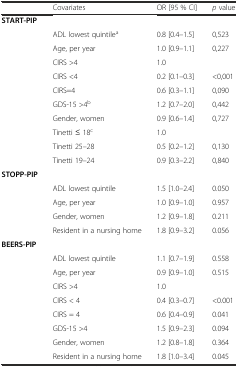
<table><thead><tr><td></td><td><b>Covariates</b></td><td><b>OR [95 % CI]</b></td><td><b><i>p</i> value</b></td></tr></thead><tbody><tr><td><b>START-PIP</b></td><td></td><td></td><td></td></tr><tr><td></td><td>ADL lowest quintile<sup>a</sup></td><td>0.8 [0.4–1.5]</td><td>0,523</td></tr><tr><td></td><td>Age, per year</td><td>1.0 [0.9–1.1]</td><td>0,227</td></tr><tr><td></td><td>CIRS &gt;4</td><td>1.0</td><td></td></tr><tr><td></td><td>CIRS &lt;4</td><td>0.2 [0.1–0.3]</td><td>&lt;0,001</td></tr><tr><td></td><td>CIRS=4</td><td>0.6 [0.3–1.1]</td><td>0,090</td></tr><tr><td></td><td>GDS-15 &gt;4<sup>b</sup></td><td>1.2 [0.7–2.0]</td><td>0,442</td></tr><tr><td></td><td>Gender, women</td><td>0.9 [0.6–1.4]</td><td>0,727</td></tr><tr><td></td><td>Tinetti ≤ 18<sup>c</sup></td><td>1.0</td><td></td></tr><tr><td></td><td>Tinetti 25–28</td><td>0.5 [0.2–1.2]</td><td>0,130</td></tr><tr><td></td><td>Tinetti 19–24</td><td>0.9 [0.3–2.2]</td><td>0,840</td></tr><tr><td><b>STOPP-PIP</b></td><td></td><td></td><td></td></tr><tr><td></td><td>ADL lowest quintile</td><td>1.5 [1.0–2.4]</td><td>0.050</td></tr><tr><td></td><td>Age, per year</td><td>1.0 [0.9–1.0]</td><td>0.957</td></tr><tr><td></td><td>Gender, women</td><td>1.2 [0.9–1.8]</td><td>0.211</td></tr><tr><td></td><td>Resident in a nursing home</td><td>1.8 [0.9–3.2]</td><td>0.056</td></tr><tr><td><b>BEERS-PIP</b></td><td></td><td></td><td></td></tr><tr><td></td><td>ADL lowest quintile</td><td>1.1 [0.7–1.9]</td><td>0.558</td></tr><tr><td></td><td>Age, per year</td><td>0.9 [0.9–1.0]</td><td>0.515</td></tr><tr><td></td><td>CIRS &gt;4</td><td>1.0</td><td></td></tr><tr><td></td><td>CIRS &lt; 4</td><td>0.4 [0.3–0.7]</td><td>&lt;0.001</td></tr><tr><td></td><td>CIRS = 4</td><td>0.6 [0.4–0.9]</td><td>0.041</td></tr><tr><td></td><td>GDS-15 &gt;4</td><td>1.5 [0.9–2.3]</td><td>0.094</td></tr><tr><td></td><td>Gender, women</td><td>1.2 [0.8–1.8]</td><td>0.364</td></tr><tr><td></td><td>Resident in a nursing home</td><td>1.8 [1.0–3.4]</td><td>0.045</td></tr></tbody></table>